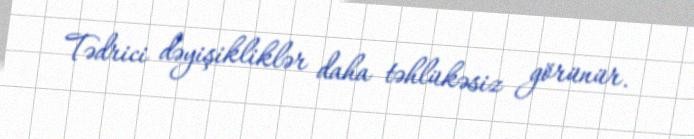
Tədrici dəyişikliklər daha təhlükəsiz görünür.